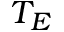
T _ { E }